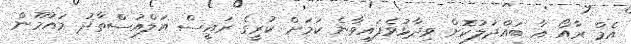
އެމް ރާއޯ އާ ބައްދަލުކޮށް ވިދާޅުވެފައިވާނެ ކަމަށް ކުރީގެ ރައީސް އަލްއުސްތާޛު މައުމޫން